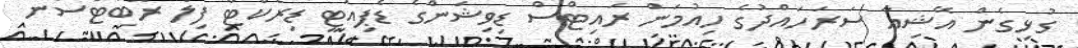
ގުޅިގެން އޭޝިއާ ސަރަހައްދުގެ ހިއުމަން ރައިޓްސް ޑިވިޝަންގެ ޑެޕިއުޓީ ޑިރެކްޓާ ފިލް ރޮބަޓްސަން